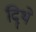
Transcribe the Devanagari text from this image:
दिॄथे